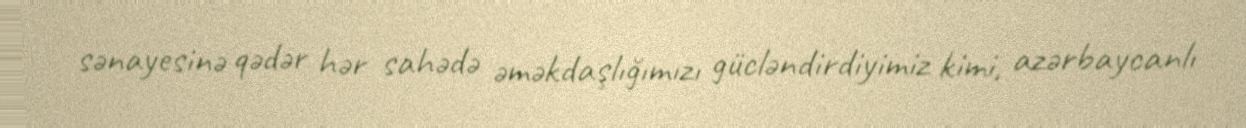
sənayesinə qədər hər sahədə əməkdaşlığımızı gücləndirdiyimiz kimi, azərbaycanlı